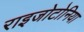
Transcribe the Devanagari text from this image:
राइजोटोनिया